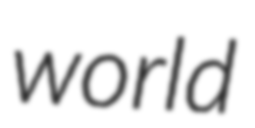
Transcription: world